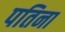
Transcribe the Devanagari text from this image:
पतिना